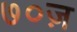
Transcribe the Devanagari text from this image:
७०ज़